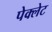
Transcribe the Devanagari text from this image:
पेक्लेट